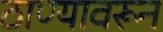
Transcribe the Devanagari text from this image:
ठाण्यावरून